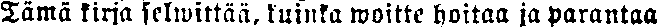
Tämä kirja selwittää, kuinka woitte hoitaa ja parantaa